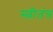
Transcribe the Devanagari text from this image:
स्त्रीतंत्र